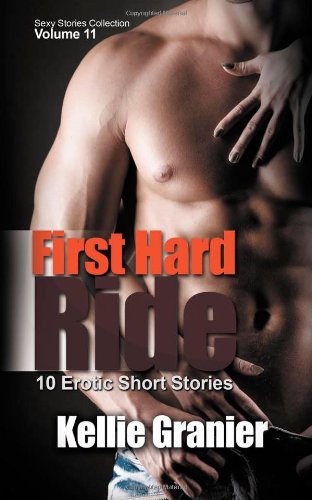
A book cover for First Hard Ride: 10 Erotic Short Stories (Sexy Stories Collection) (Volume 11); Kellie Granier; Romance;